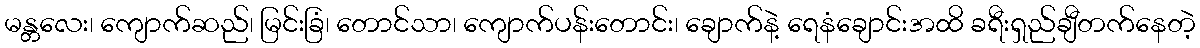
မန္တလေး၊ ကျောက်ဆည်၊ မြင်းခြံ၊ တောင်သာ၊ ကျောက်ပန်းတောင်း၊ ချောက်နဲ့ ရေနံချောင်းအထိ ခရီးရှည်ချီတက်နေတဲ့